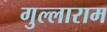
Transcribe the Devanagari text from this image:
गुल्लाराम